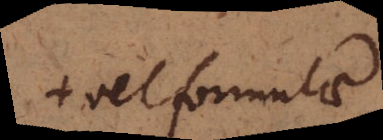
+ vel formulae